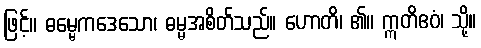
ဖြင့်။ ဓမ္မေကဒေသော၊ ဓမ္မအစိတ်သည်။ ဟောတိ၊ ၏။ ဣတိဧဝံ၊ သို့။